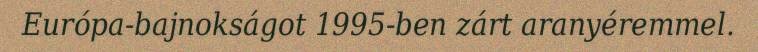
Európa-bajnokságot 1995-ben zárt aranyéremmel.